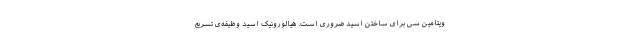
ویتامین سی برای ساختن اسید ضروری است. هیالورونیک اسید وظیفه‌ی تسریع